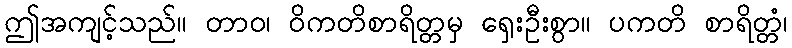
ဤအကျင့်သည်။ တာဝ၊ ဝိကတိစာရိတ္တမှ ရှေးဦးစွာ။ ပကတိ စာရိတ္တံ၊